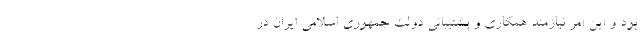
بود و این امر نیازمند همکاری و پشتیبانی دولت جمهوری اسلامی ایران در